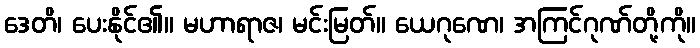
ဒေတိ၊ ပေးနိုင်၏။ မဟာရာဇ၊ မင်းမြတ်။ ယေဂုဏေ၊ အကြင်ဂုဏ်တို့ကို။